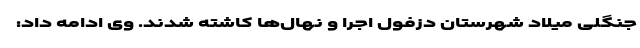
جنگلی میلاد شهرستان دزفول اجرا و نهال‌ها کاشته شدند. وی ادامه داد: